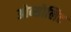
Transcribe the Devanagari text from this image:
ओब्सोलिट